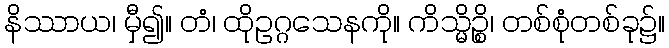
နိဿာယ၊ မှီ၍။ တံ၊ ထိုဥဂ္ဂသေနကို။ ကိသ္မိဉ္စိ၊ တစ်စုံတစ်ခု၌။